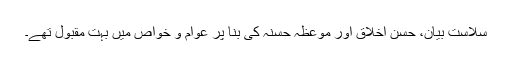
سلاست بیان، حسن اخلاق اور موعظہ حسنہ کی بنا پر عوام و خواص میں بہت مقبول تھے۔